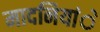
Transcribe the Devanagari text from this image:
मादनियांे